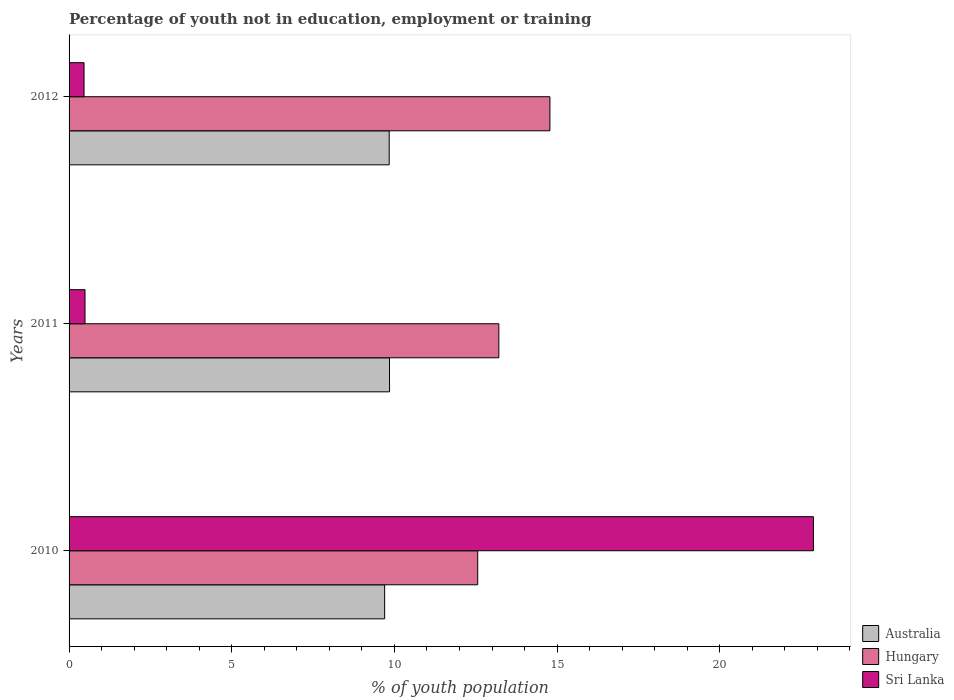
| Years | Australia | Hungary | Sri Lanka |
 | --- | --- | --- | --- |
 | 2010 | 9.7 | 12.6 | 22.9 |
 | 2011 | 9.85 | 13.2 | 0.49 |
 | 2012 | 9.84 | 14.8 | 0.46 |